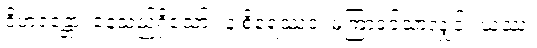
ဝိဟရန္တော၊ နေသည်ရှိသော်။ န စိရေဿဝ၊ မကြာခင်သာလျှင်။ ယဿ၊